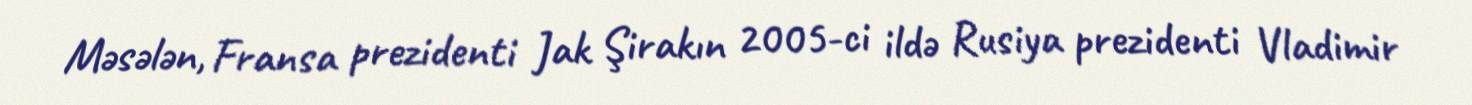
Məsələn, Fransa prezidenti Jak Şirakın 2005-ci ildə Rusiya prezidenti Vladimir